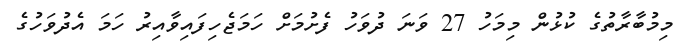
މިމުބާރާތުގެ ކުޅުން މިމަހު 27 ވަނަ ދުވަހު ފެށުމަށް ހަމަޖެހިފައިވާއިރު ހަމަ އެދުވަހުގެ